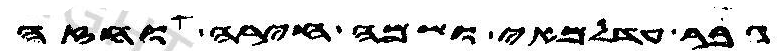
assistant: גבר עדלמאי ושמה חירה וחזה